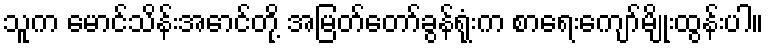
သူက မောင်သိန်းအောင်တို့ အမြတ်တော်ခွန်ရုံးက စာရေးကျော်မျိုးထွန်းပါ။